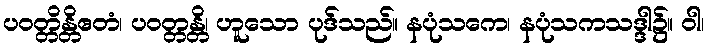
ပဝတ္တိန္တိဧတံ၊ ပဝတ္တန္တိ၊ ဟူသော ပုဒ်သည်။ နပုံသကေ၊ နပုံသကသဒ္ဒါ၌။ ဝါ၊